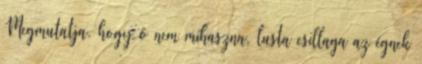
Megmutatja, hogy ő nem mihaszna, lusta csillaga az égnek